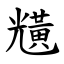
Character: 黋